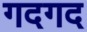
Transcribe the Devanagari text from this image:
गदगद